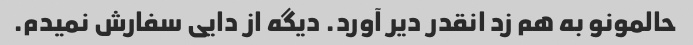
حالمونو به هم زد انقدر دیر آورد. دیگه از دایی سفارش نمیدم.